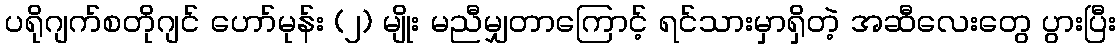
ပရိုဂျက်စတိုဂျင် ဟော်မုန်း (၂) မျိုး မညီမျှတာကြောင့် ရင်သားမှာရှိတဲ့ အဆီလေးတွေ ပွားပြီး